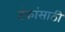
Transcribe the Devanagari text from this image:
टंकांसाठी